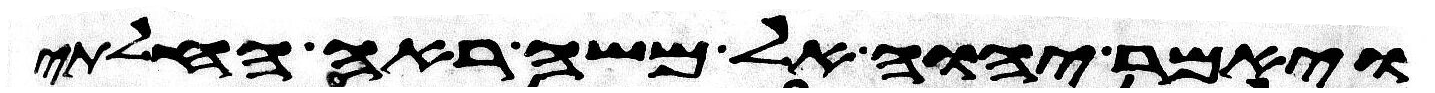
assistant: ויאמר יהוה אל משה ראה החלתי